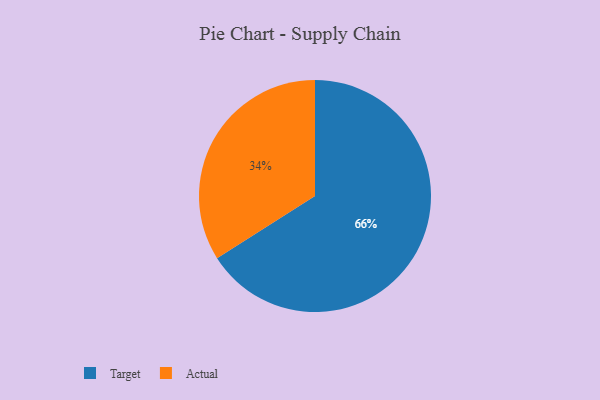
{"axis": {"x": "Category", "y": "Percentage"}, "legend": ["Actual", "Target"], "data": [{"x": "Actual", "y": 34, "type": "Actual"}, {"x": "Target", "y": 66, "type": "Target"}]}